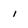
Character: i